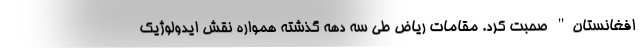
افغانستان" صحبت کرد. مقامات ریاض طی سه دهه گذشته همواره نقش ایدولوژیک